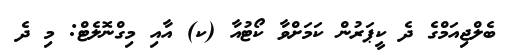
ބެލްޖިއަމްގެ ދެ ކީޕަރުން ކަމަށްވާ ކޯޓުއާ (ކ) އާއި މިގްނޮލެޓް: މި ދެ